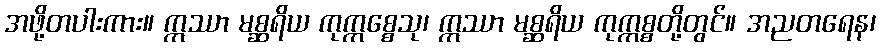
အဖို့တပါးကား။ ဣဿာ မစ္ဆရိယ ကုက္ကစ္စေသု၊ ဣဿာ မစ္ဆရိယ ကုက္ကစ္စတို့တွင်။ အညတရေန၊